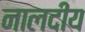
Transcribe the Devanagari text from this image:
नालदीय